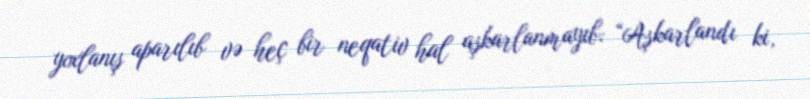
yoxlanış aparılıb və heç bir neqativ hal aşkarlanmayıb: “Aşkarlandı ki,